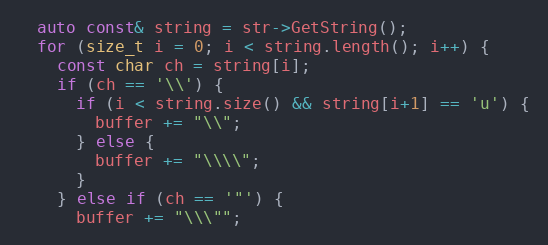
Language: C++
  auto const& string = str->GetString();
  for (size_t i = 0; i < string.length(); i++) {
    const char ch = string[i];
    if (ch == '\\') {
      if (i < string.size() && string[i+1] == 'u') {
        buffer += "\\";
      } else {
        buffer += "\\\\";
      }
    } else if (ch == '"') {
      buffer += "\\\"";